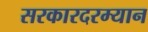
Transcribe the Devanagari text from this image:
सरकारदरम्यान